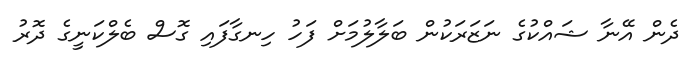
ދެން އޭނާ ޝައްކުގެ ނަޒަރަކުން ބަލާލުމަށް ފަހު ހިނގާފައި ގޮސް ބެލްކަނީގެ ދޮރު